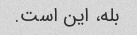
بله، این است.